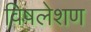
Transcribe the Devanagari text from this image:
विषलेशण